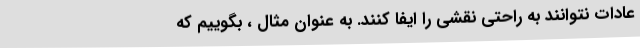
عادات نتوانند به راحتی نقشی را ایفا کنند. به عنوان مثال ، بگوییم که